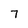
Character: 7